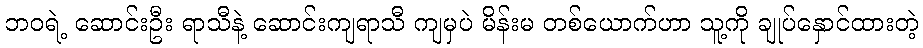
ဘဝရဲ့ ဆောင်းဦး ရာသီနဲ့ ဆောင်းကျရာသီ ကျမှပဲ မိန်းမ တစ်ယောက်ဟာ သူ့ကို ချုပ်နှောင်ထားတဲ့